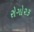
રોગો૨૩